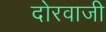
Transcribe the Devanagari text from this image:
दोरवाजी